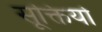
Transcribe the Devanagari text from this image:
सूक्तियो